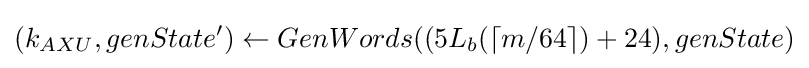
(k_{AXU},genState^{\prime })\leftarrow GenWords((5L_{b}(\left\lceil m/64\right\rceil )+24),genState)